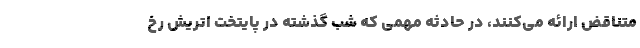
متناقض ارائه می‌کنند، در حادثه مهمی که شب گذشته در پایتخت اتریش رخ